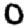
Digit: 0